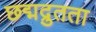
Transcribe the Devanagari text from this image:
छद्मद्रुतता